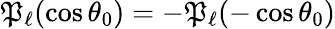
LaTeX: \mathfrak{P}_{\ell}(\cos\theta_{0})=-\mathfrak{P}_{\ell}(-\cos\theta_{0})